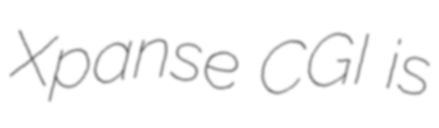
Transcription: Xpanse CGI is